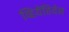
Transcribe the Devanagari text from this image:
व्हियेंतियेन